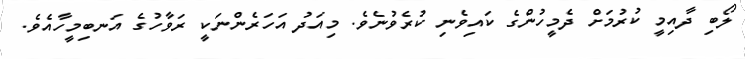
ލޯބި ދާއިމީ ކުރުމަށް ދެމީހުންގެ ކައިވެނި ކުރެވުނެވެ. މިއަދު އަހަރެންނަކީ ރަވާހުގެ އަނބިމީހާއެވެ.